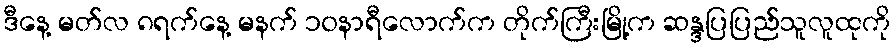
ဒီနေ့ မတ်လ ၈ရက်နေ့ မနက် ၁၀နာရီလောက်က တိုက်ကြီးမြို့က ဆန္ဒပြပြည်သူလူထုကို